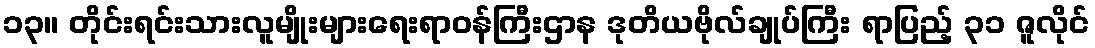
၁၃။ တိုင်းရင်းသားလူမျိုးများရေးရာဝန်ကြီးဌာန ဒုတိယဗိုလ်ချုပ်ကြီး ရာပြည့် ၃၁ ဇူလိုင်